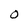
Character: O